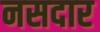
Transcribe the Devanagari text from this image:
नसदार